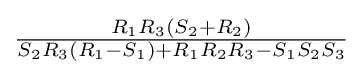
{\tfrac {R_{1}R_{3}(S_{2}+R_{2})}{S_{2}R_{3}(R_{1}-S_{1})+R_{1}R_{2}R_{3}-S_{1}S_{2}S_{3}}}